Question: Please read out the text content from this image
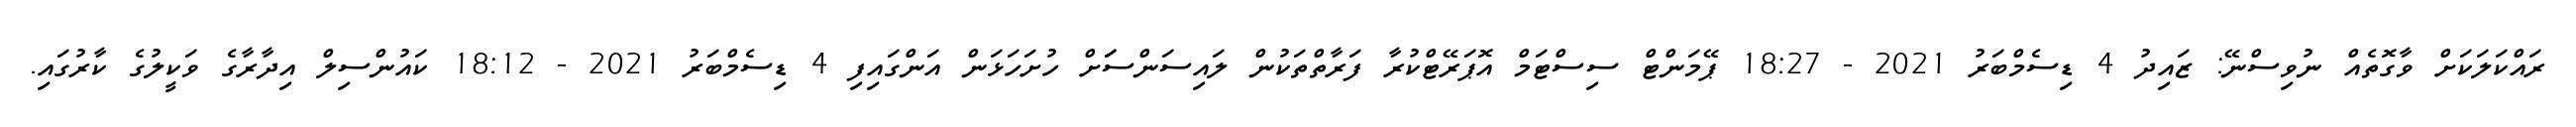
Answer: ރައްކަލަކަށް ވާގޮތެއް ނުވިސްނޭ: ޒައިދު 4 ޑިސެމްބަރު 2021 - 18:27 ޕޭމަންޓް ސިސްޓަމް އޮޕަރޭޓްކުރާ ފަރާތްތަކުން ލައިސަންސަަށް ހުށަހަޅަން އަންގައިފި 4 ޑިސެމްބަރު 2021 - 18:12 ކައުންސިލް އިދާރާގެ ވަކީލުގެ ކާރުގައި.